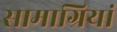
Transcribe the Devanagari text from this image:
सामाग्रियां